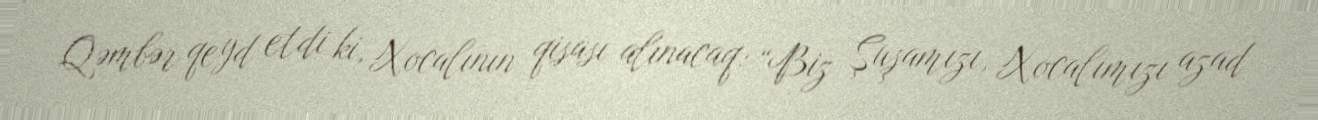
Qəmbər qeyd etdi ki, Xocalının qisası alınacaq: “Biz Şuşamızı, Xocalımızı azad